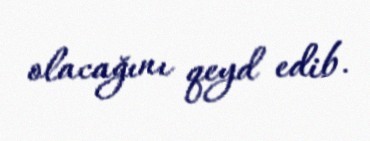
olacağını qeyd edib.